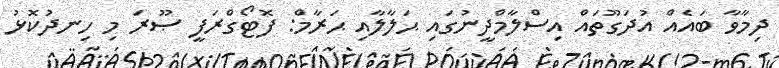
ދިމާވާ ބައެއް އުދަގޫތައް އިސްލާމްދީނުގައި ޙަލާލާއި ޙަރާމް: ފޮޓޯގްރަފީ ޞޫރަ މި ހިނދުކޮޅު